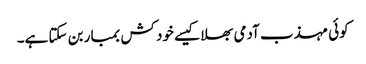
کوئی مہذب آدمی بھلا کیسے خود کش بمبار بن سکتا ہے۔